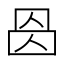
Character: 𠉁